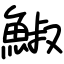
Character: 䱙